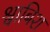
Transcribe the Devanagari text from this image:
श्वाबिश